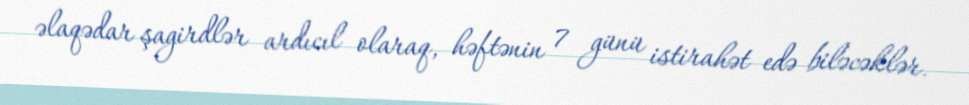
əlaqədar şagirdlər ardıcıl olaraq, həftənin 7 günü istirahət edə biləcəklər.